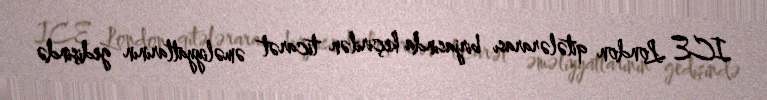
ICE London qitələrarası birjasında keçirilən ticarət əməliyyatlarının gedişində